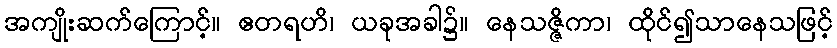
အကျိုးဆက်ကြောင့်။ ဧတရဟိ၊ ယခုအခါ၌။ နေသဇ္ဇိကာ၊ ထိုင်၍သာနေသဖြင့်